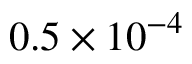
0 . 5 \times 1 0 ^ { - 4 }